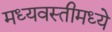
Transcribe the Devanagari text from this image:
मध्यवस्तीमध्ये